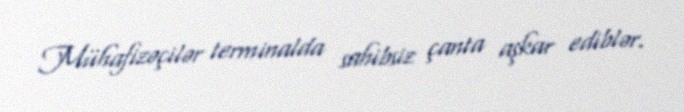
Mühafizəçilər terminalda sahibsiz çanta aşkar ediblər.